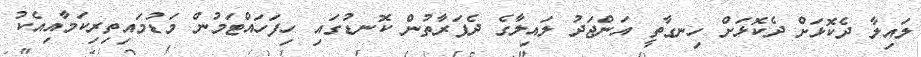
ލައިލާ ދެކޮޅަށް ދެކޮޅަށް ހިނގާތީ އަންޖަދު ލައިލާގެ ދެފަރާތުން ކޮނޑުގައި ހިފަހައްޓަމުން މަޑުމައިތިރިކަމާއިއެކު